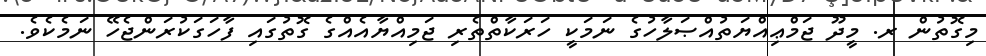
މިގޮތުން ރ. މީދޫ ޖަމްޢިއްޔަތުއްޞަލާހުގެ ނަމަކީ ހަރަކާތްތެެރި ޖަމިއްޔާއެއްގެ ގޮތުގައި ފާހަގަކުރަންޖެހޭ ނަމެކެވެ.